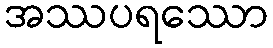
အဿပရဿော